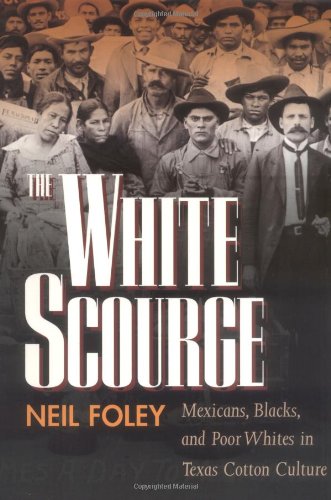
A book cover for The White Scourge: Mexicans, Blacks, and Poor Whites in Texas Cotton Culture (American Crossroads); Neil Foley; Business & Money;